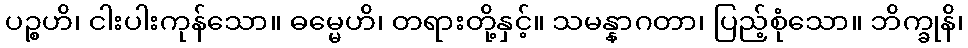
ပဉ္စဟိ၊ ငါးပါးကုန်သော။ ဓမ္မေဟိ၊ တရားတို့နှင့်။ သမန္နာဂတာ၊ ပြည့်စုံသော။ ဘိက္ခုနိ၊